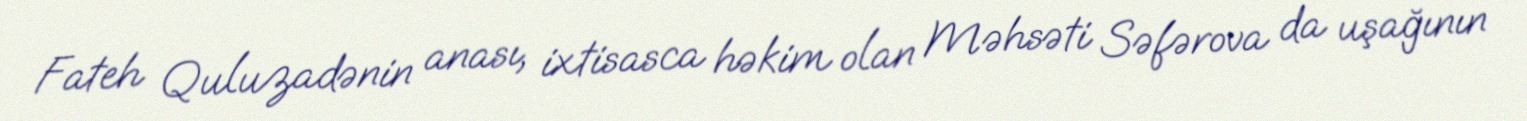
Fateh Quluzadənin anası, ixtisasca həkim olan Məhsəti Səfərova da uşağının